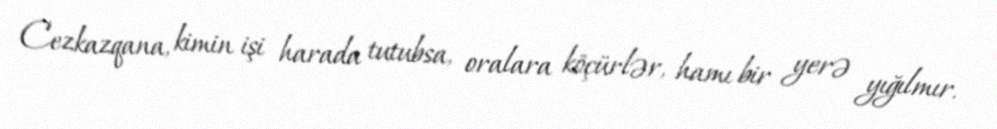
Cezkazqana, kimin işi harada tutubsa, oralara köçürlər, hamı bir yerə yığılmır.